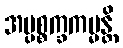
အပ္ပစ္စက္ခကမ္မန္တိ